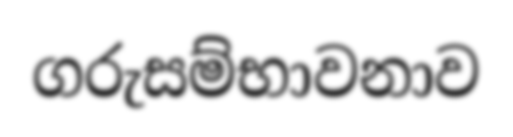
ගරුසම්භාවනාව